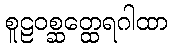
စူဠဝစ္ဆတ္ထေရဂါထာ